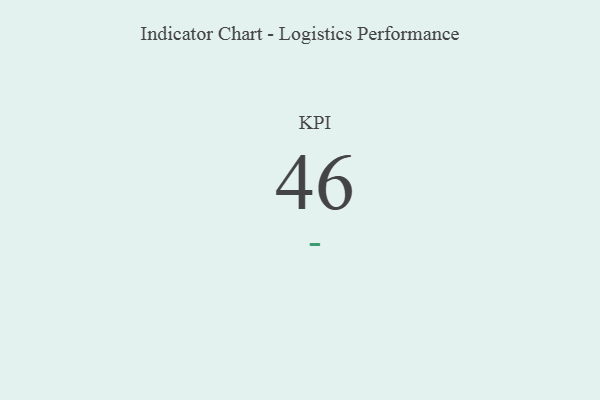
{"axis": {"x": "KPI", "y": "Value"}, "legend": [""], "data": [{"x": "KPI", "y": 46, "type": ""}]}